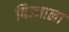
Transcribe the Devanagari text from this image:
बिज्जाला